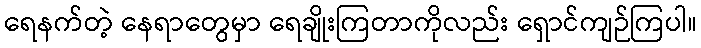
ရေနက်တဲ့ နေရာတွေမှာ ရေချိုးကြတာကိုလည်း ရှောင်ကျဉ်ကြပါ။